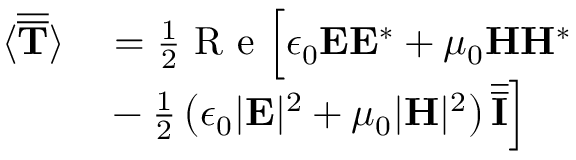
\begin{array} { r l } { \langle \overline { { \overline { { \mathbf { T } } } } } \rangle } & { { } = \frac { 1 } { 2 } \textrm { R e } \Bigr [ \epsilon _ { 0 } \mathbf { E } \mathbf { E } ^ { * } + \mu _ { 0 } \mathbf { H } \mathbf { H } ^ { * } } \\ { \qquad } & { { } - \frac { 1 } { 2 } \left( \epsilon _ { 0 } | \mathbf { E } | ^ { 2 } + \mu _ { 0 } | \mathbf { H } | ^ { 2 } \right) \overline { { \overline { { \mathbf { I } } } } } \Bigr ] } \end{array}